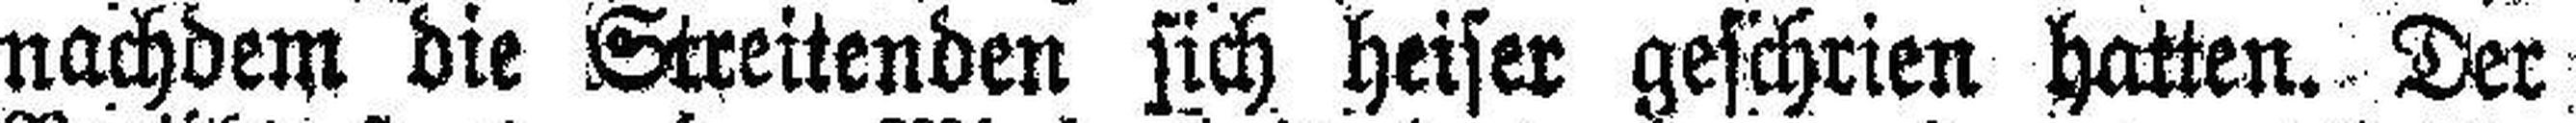
nachdem die Streitenden sich heiser geschrien hatten. Der